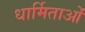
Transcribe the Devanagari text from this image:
धार्मिताओं